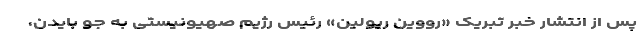
پس از انتشار خبر تبریک «رووین ریولین» رئیس رژیم صهیونیستی به جو بایدن،